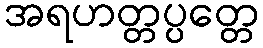
အရဟတ္တပ္ပတ္တေ